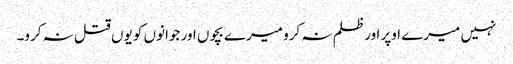
نہیں میرے اوپر اور ظلم نہ کرو میرے بچوں اور جوانوں کو یوں قتل نہ کرو۔